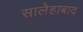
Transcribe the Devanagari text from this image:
सालेहाबाद